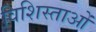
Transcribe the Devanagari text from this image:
विशिस्ताओं